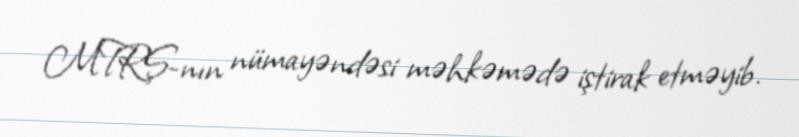
MTRŞ-nın nümayəndəsi məhkəmədə iştirak etməyib.